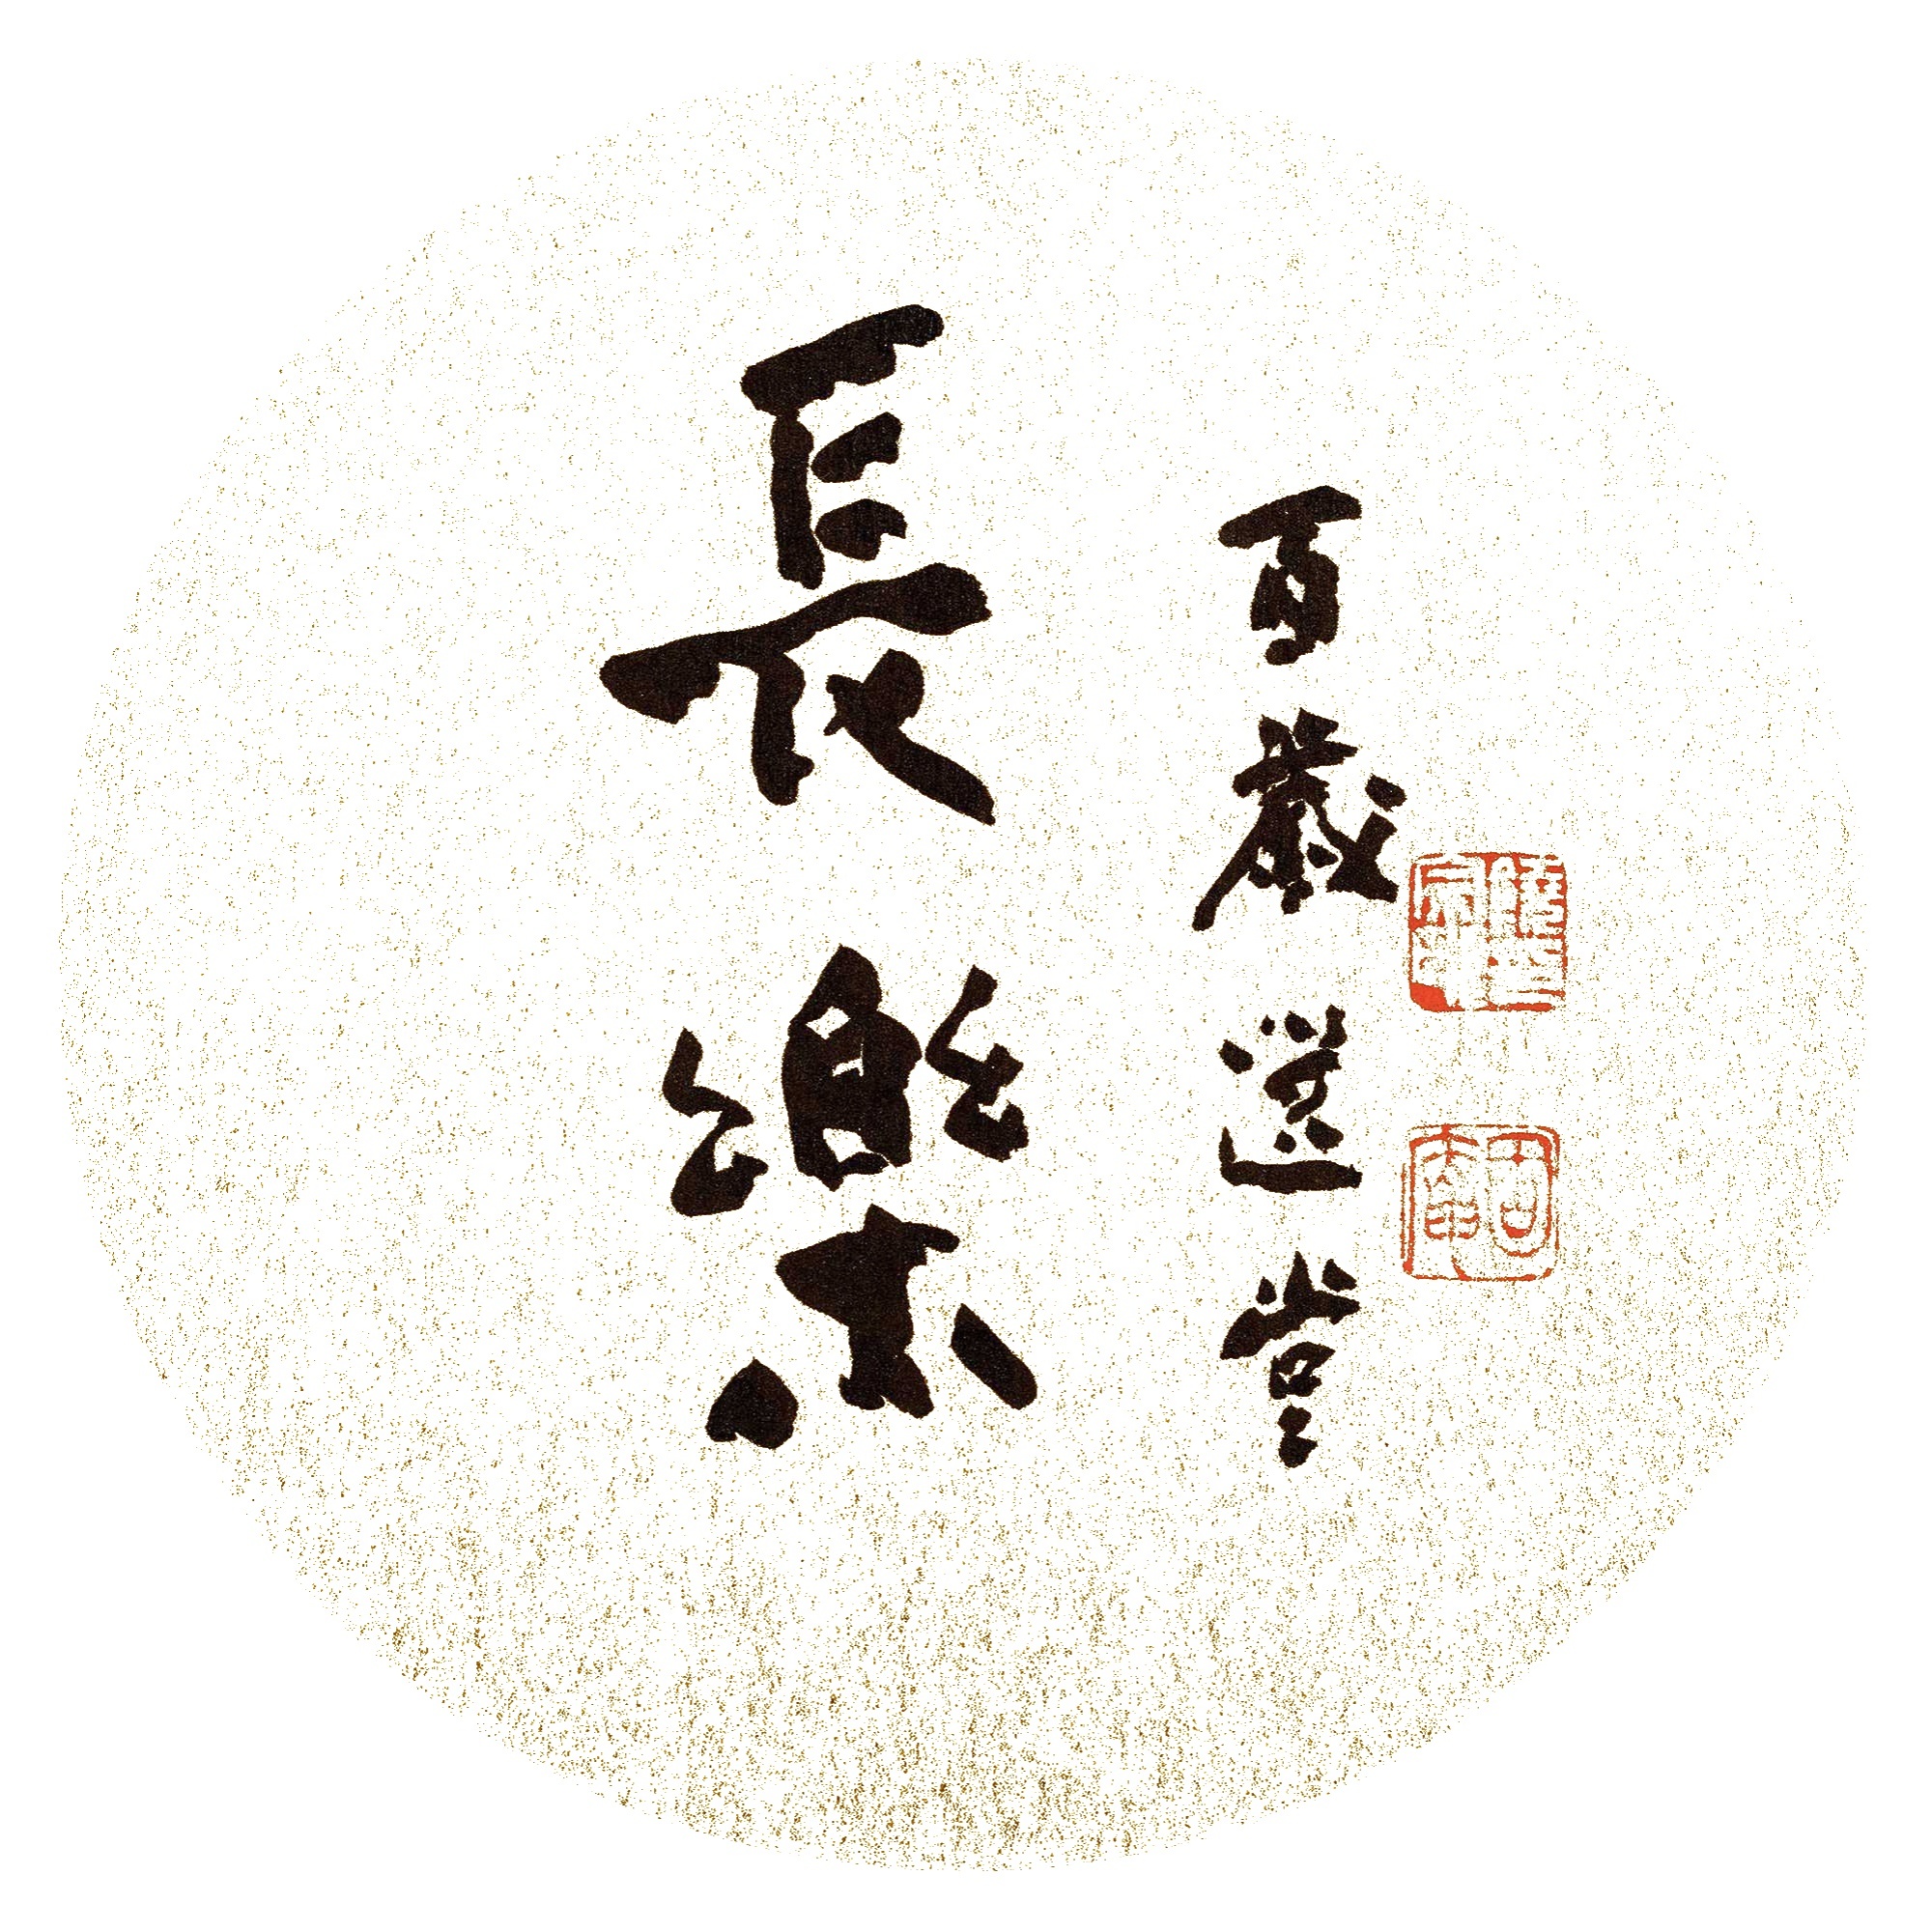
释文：长乐。百岁选堂。